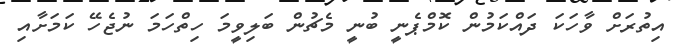
އިތުރަށް ވާހަކަ ދައްކަމުން ކޮމްޕެނީ ބުނީ މެޗުން ބަލިވީމަ ހިތްހަމަ ނުޖެހޭ ކަމަށާއި